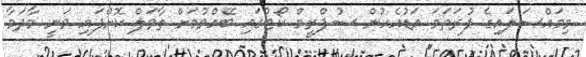
މިމައްސަލައިގެ ފުރަތަމަ އަޑުއެހުން ސުޕްރީމް ކޯޓުގައި ބޭއްވުމަށް ތާވަލް ކޮށްފައި ވަނީ މާދަމާ